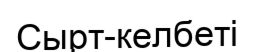
Сырт-келбеті